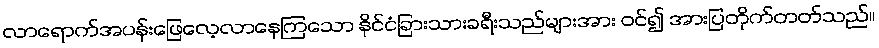
လာရောက်အပန်းဖြေလေ့လာနေကြသော နိုင်ငံခြားသားခရီးသည်များအား ဝင်၍ အားပြတိုက်တတ်သည်။